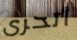
أتحرى